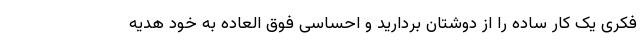
فکری یک کار ساده را از دوشتان بردارید و احساسی فوق العاده به خود هدیه